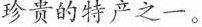
珍贵的特产之一。